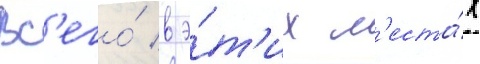
Вс'его́ в э́т'их м'еста́х